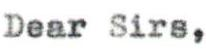
Dear Sirs,